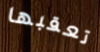
تعقبها